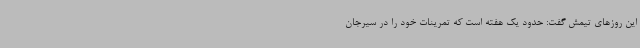
این روزهای تیمش گفت:‌ حدود یک هفته‌ است که تمرینات خود را در سیرجان